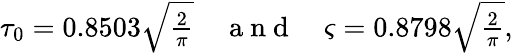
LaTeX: \begin{array}{r}{\tau_{0}=0.8503\sqrt{\frac{2}{\pi}}\quad\mathrm{~a~n~d~}\quad\varsigma=0.8798\sqrt{\frac{2}{\pi}},}\end{array}